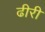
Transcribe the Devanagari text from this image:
ढीरी